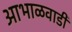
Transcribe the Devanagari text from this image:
आभाळवाडी